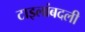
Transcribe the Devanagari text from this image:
टाइलांबदली